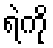
ရဲကို